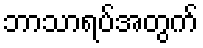
ဘာသာရပ်အတွက်